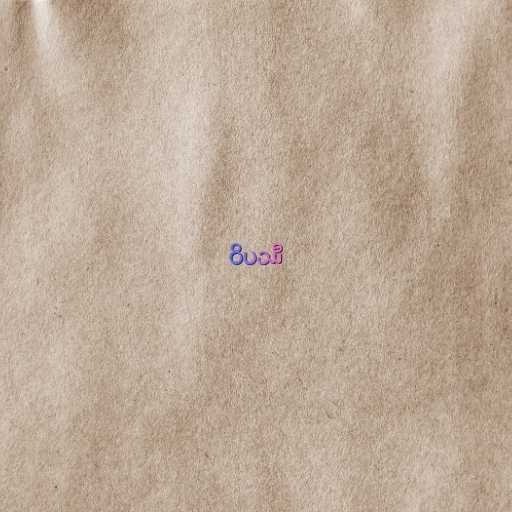
ဝိပဿီ